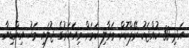
އަދި 30 ކުއްޖަކު ރޭޕްކޮށް މަރާލި ކަމަށް މިއަހަރުގެ ޖުލައި މަހު އިންޑިޔާ